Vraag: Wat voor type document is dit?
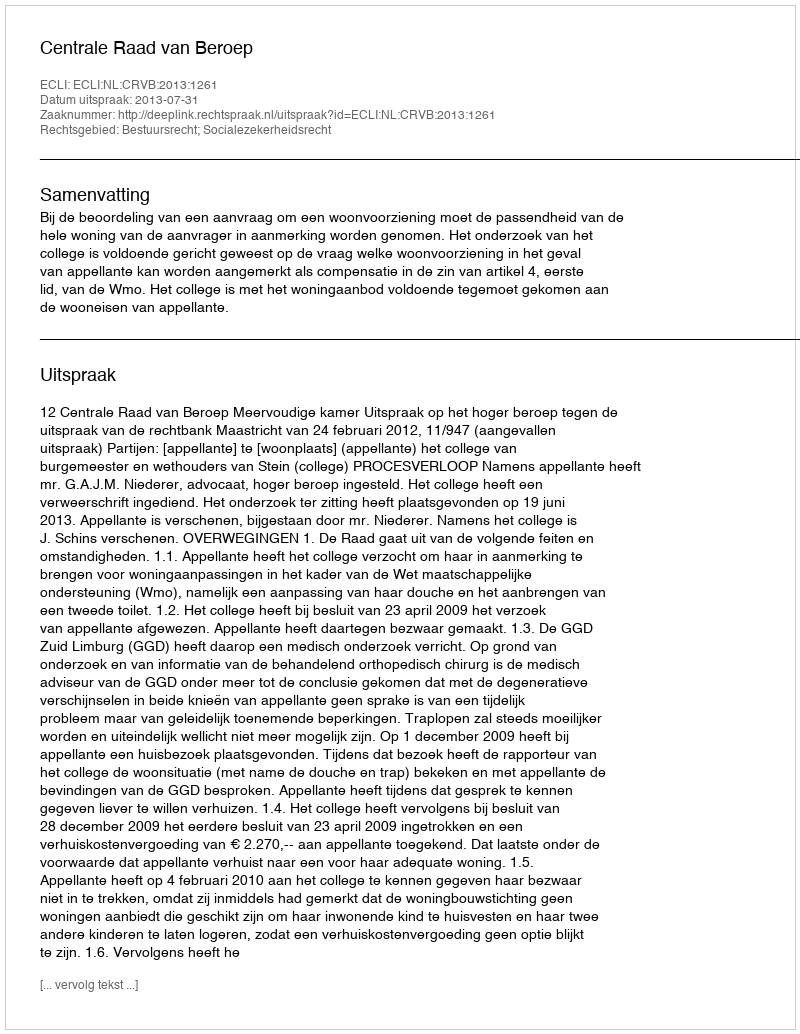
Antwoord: Uitspraak